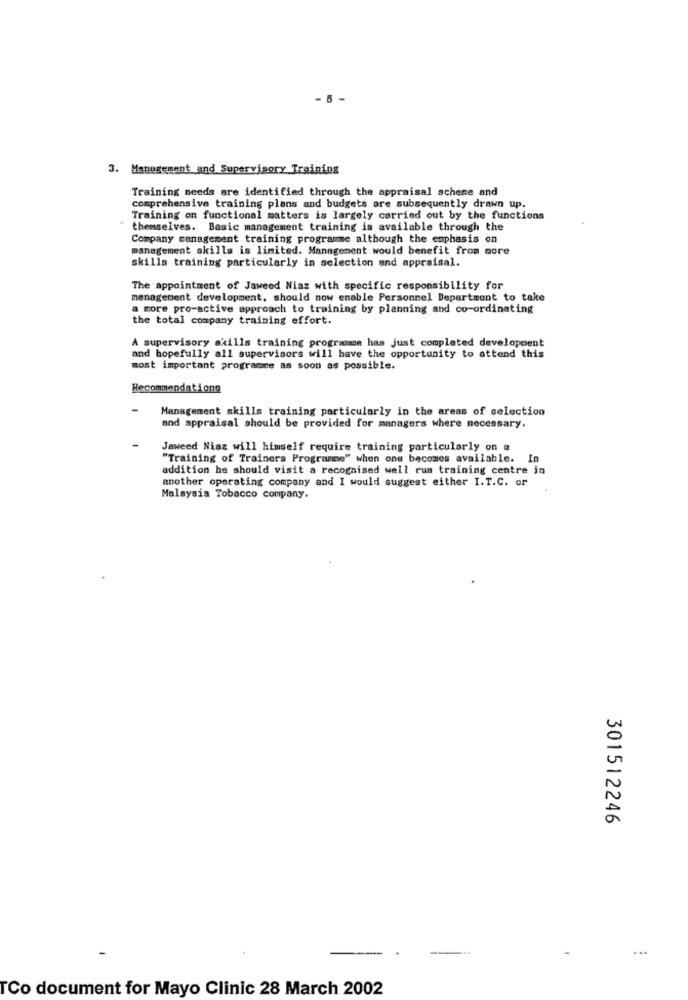
- 5-
3. Management and Supervisory Training
Training needs are identified through the appraisal scheme and
comprehensive training plans and budgets are subsequently drawn up.
.
Training on functional matters is largely carried out by the functions
themselves. Basic management training is available through the
Company management training programme although the emphasis on
management skills is limited. Management would benefit from more
skills training particularly in selection and appraisal.
The appointment of Jaweed Niaz with specific responsibility for
management development, should now enable Personnel Department to take
a more pro-active approach to training by planning and co-ordinating
the total company training effort.
À supervisory skills training programme has just completed development
and hopefully all supervisors will have the opportunity to attend this
most important programce as soon as possible.
Recommendations
Management skills training particularly in the areas of selection
and appraisal should be provided for managers where necessary.
Jaweed Niaz will himself require training particularly on a
"Training of Trainers Programme" when one becomes available. In
addition he should visit a recognised well run training centre in
another operating company and I would suggest either I.T.C. or
Malaysia Tobacco company.
301512246
Co document for Mayo Clinic 28 March 2002